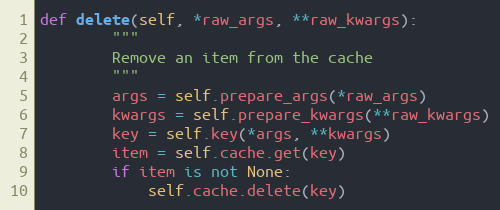
Language: Python
def delete(self, *raw_args, **raw_kwargs):
        """
        Remove an item from the cache
        """
        args = self.prepare_args(*raw_args)
        kwargs = self.prepare_kwargs(**raw_kwargs)
        key = self.key(*args, **kwargs)
        item = self.cache.get(key)
        if item is not None:
            self.cache.delete(key)